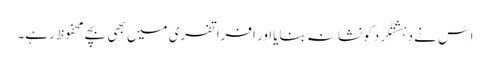
اس نے دہشتگردکو نشانہ بنایااور افراتفری میں بھی بچے محفوظ رہے۔